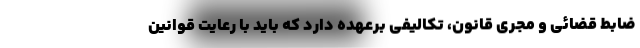
ضابط قضائی و مجری قانون، تکالیفی برعهده دارد که باید با رعایت قوانین